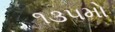
૧૩૫મો